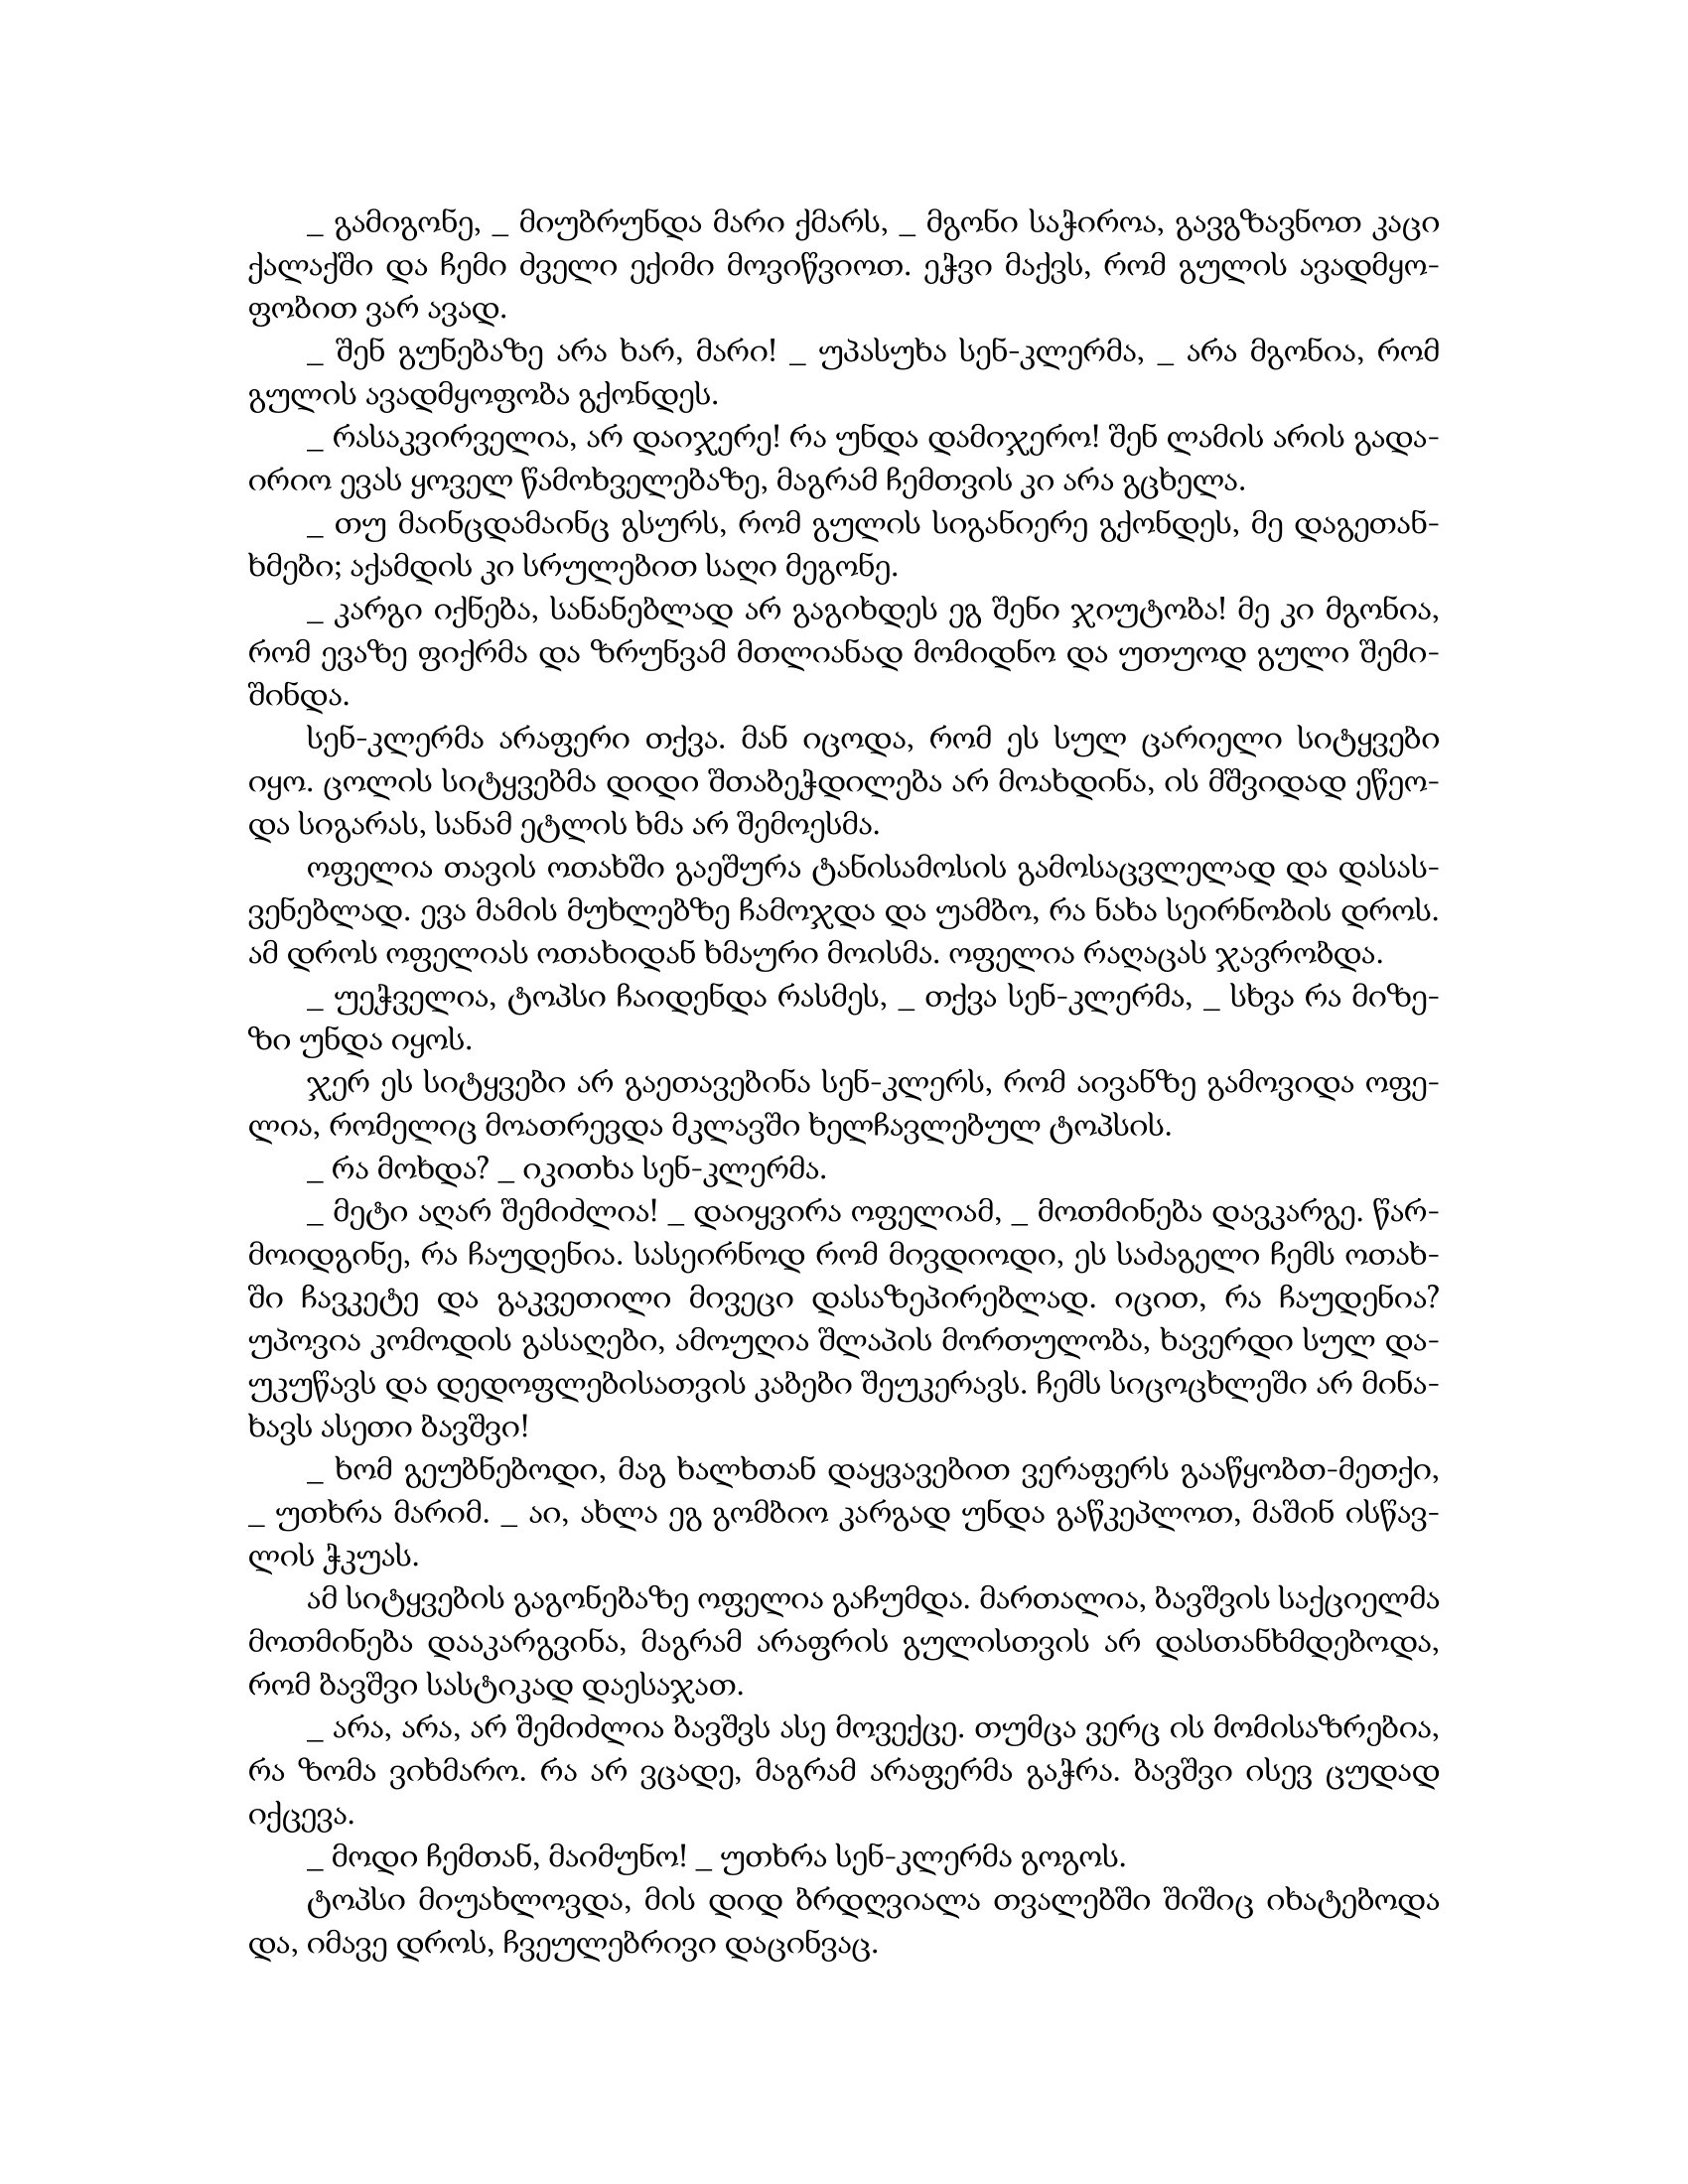
Language: gr